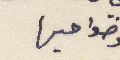
وضواحيها